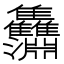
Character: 𩁵